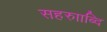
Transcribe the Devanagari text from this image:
सहरुााब्दि